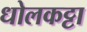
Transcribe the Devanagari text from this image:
धोलकट्टा